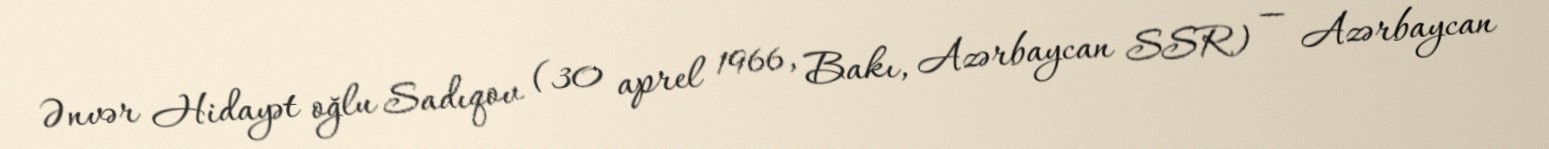
Ənvər Hidayət oğlu Sadıqov (30 aprel 1966, Bakı, Azərbaycan SSR) — Azərbaycan